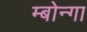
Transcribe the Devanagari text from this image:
म्बोन्गा